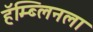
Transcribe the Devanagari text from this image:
हॅम्ब्लिनला